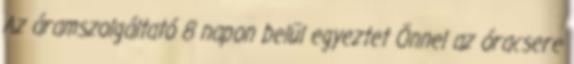
Az áramszolgáltató 8 napon belül egyeztet Önnel az óracsere